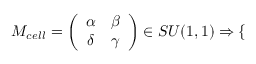
M _ { c e l l } = \left( { \begin{array} { c c } { \alpha } & { \beta } \\ { \delta } & { \gamma } \end{array} } \right) \in S U ( 1 , 1 ) \Rightarrow \left\{ \begin{array} { l l } \end{array} \right.